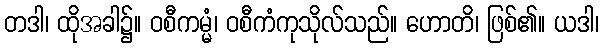
တဒါ၊ ထိုအခါ၌။ ဝစီကမ္မံ၊ ဝစီကံကုသိုလ်သည်။ ဟောတိ၊ ဖြစ်၏။ ယဒါ၊